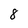
Character: 8